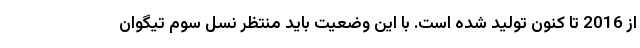
از 2016 تا کنون تولید شده است. با این وضعیت باید منتظر نسل سوم تیگوان